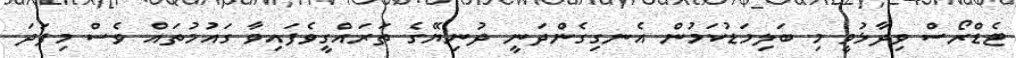
ޓެޑްރޯސް ވިދާޅުވީ މި ބަލިމަޑުކަމުން އެނގިގެންދަނީ ދުނިޔޭގެ ތަރައްގީވެފައިވާ ގައުމުތައް ވެސް މިފަދަ